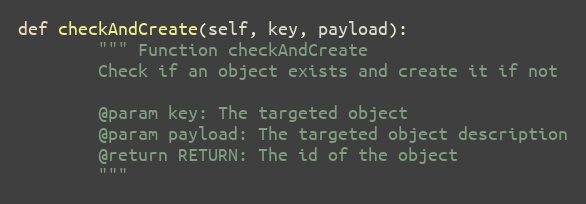
Language: Python
def checkAndCreate(self, key, payload):
        """ Function checkAndCreate
        Check if an object exists and create it if not

        @param key: The targeted object
        @param payload: The targeted object description
        @return RETURN: The id of the object
        """